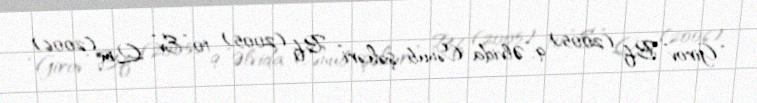
“Girov” B.f (2005) 9.”Əlvida Cənub şəhəri” B.f (2005) 10.”Ev” Q.m (2006)